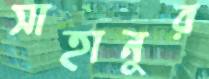
সাহানুর